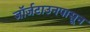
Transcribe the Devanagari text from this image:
जॉर्जटाउनपासून